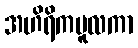
အဟိရိကမူလကာ